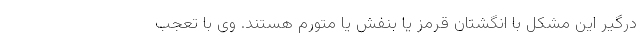
درگیر این مشکل با انگشتان قرمز یا بنفش یا متورم هستند. وی با تعجب